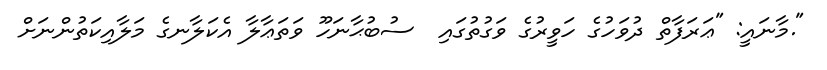
".މާނައީ: "ޢަރަފާތް ދުވަހުގެ ހަވީރުގެ ވަގުތުގައި  ސުބުޙާނަހޫ ވަތަޢާލާ އެކަލާނގެ މަލާއިކަތުންނަށް